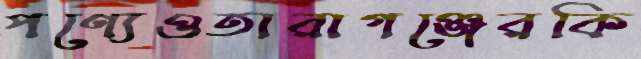
পণ্যেওতারাগঞ্জেরকি